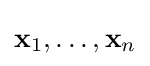
\mathbf {x} _{1},\dots ,\mathbf {x} _{n}